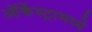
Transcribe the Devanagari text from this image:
ऑर्केस्ट्रामध्ये